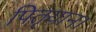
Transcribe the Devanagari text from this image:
पितृयान।